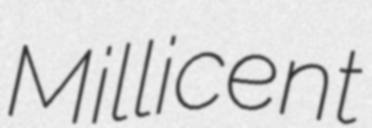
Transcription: Millicent